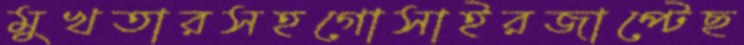
মুখতারসহগোসাইরজাপ্‌টেছ